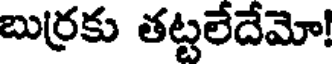
బుర్రకు తట్టలేదేమో!